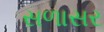
સળાસર